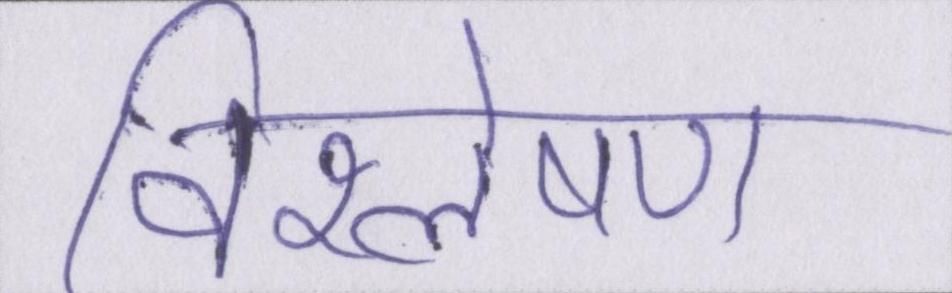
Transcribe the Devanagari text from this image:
विश्लेषण